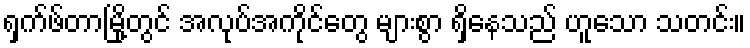
ရှက်ဖ်တာမြို့တွင် အလုပ်အကိုင်တွေ များစွာ ရှိနေသည် ဟူသော သတင်း။